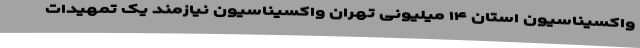
واکسیناسیون استان ۱۴ میلیونی تهران واکسیناسیون نیازمند یک تمهیدات